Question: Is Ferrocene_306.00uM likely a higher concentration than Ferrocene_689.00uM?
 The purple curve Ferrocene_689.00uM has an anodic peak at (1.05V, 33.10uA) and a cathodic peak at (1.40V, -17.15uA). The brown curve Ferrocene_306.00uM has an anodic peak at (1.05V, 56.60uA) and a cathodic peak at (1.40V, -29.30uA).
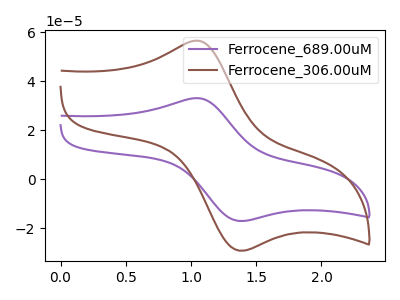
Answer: <think>All the peaks in "Ferrocene_306.00uM" have a peak in "Ferrocene_689.00uM" at the same potential. Every peak in "Ferrocene_306.00uM" is higher than every peak in "Ferrocene_689.00uM".
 </think>
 <answer>"Ferrocene_306.00uM" has more signal than "Ferrocene_689.00uM".</answer>
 <eval>more_signal</eval>